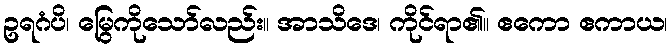
ဥရဂံပိ၊ မြွေကိုသော်လည်း။ အာသိဒေ၊ ကိုင်ရာ၏။ ဧကော ဧကာယ၊